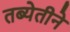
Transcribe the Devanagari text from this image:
तब्येतीने